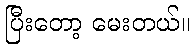
ပြီးတော့ မေးတယ်။